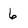
Character: 6